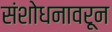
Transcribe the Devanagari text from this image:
संशोधनावरून